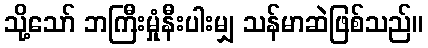
သို့သော် ဘကြီးမှုံနီးပါးမျှ သန်မာဆဲဖြစ်သည်။